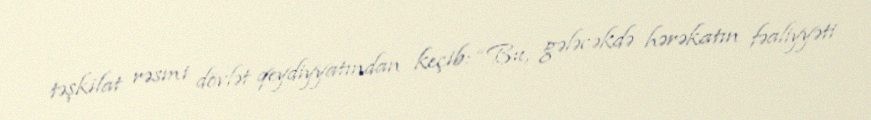
təşkilat rəsmi dövlət qeydiyyatından keçib: “Bu, gələcəkdə hərəkatın fəaliyyəti